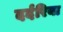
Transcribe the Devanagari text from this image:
दर्दरिया